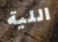
اللية